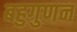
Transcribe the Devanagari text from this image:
बहुगुणन